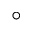
^ { \circ }